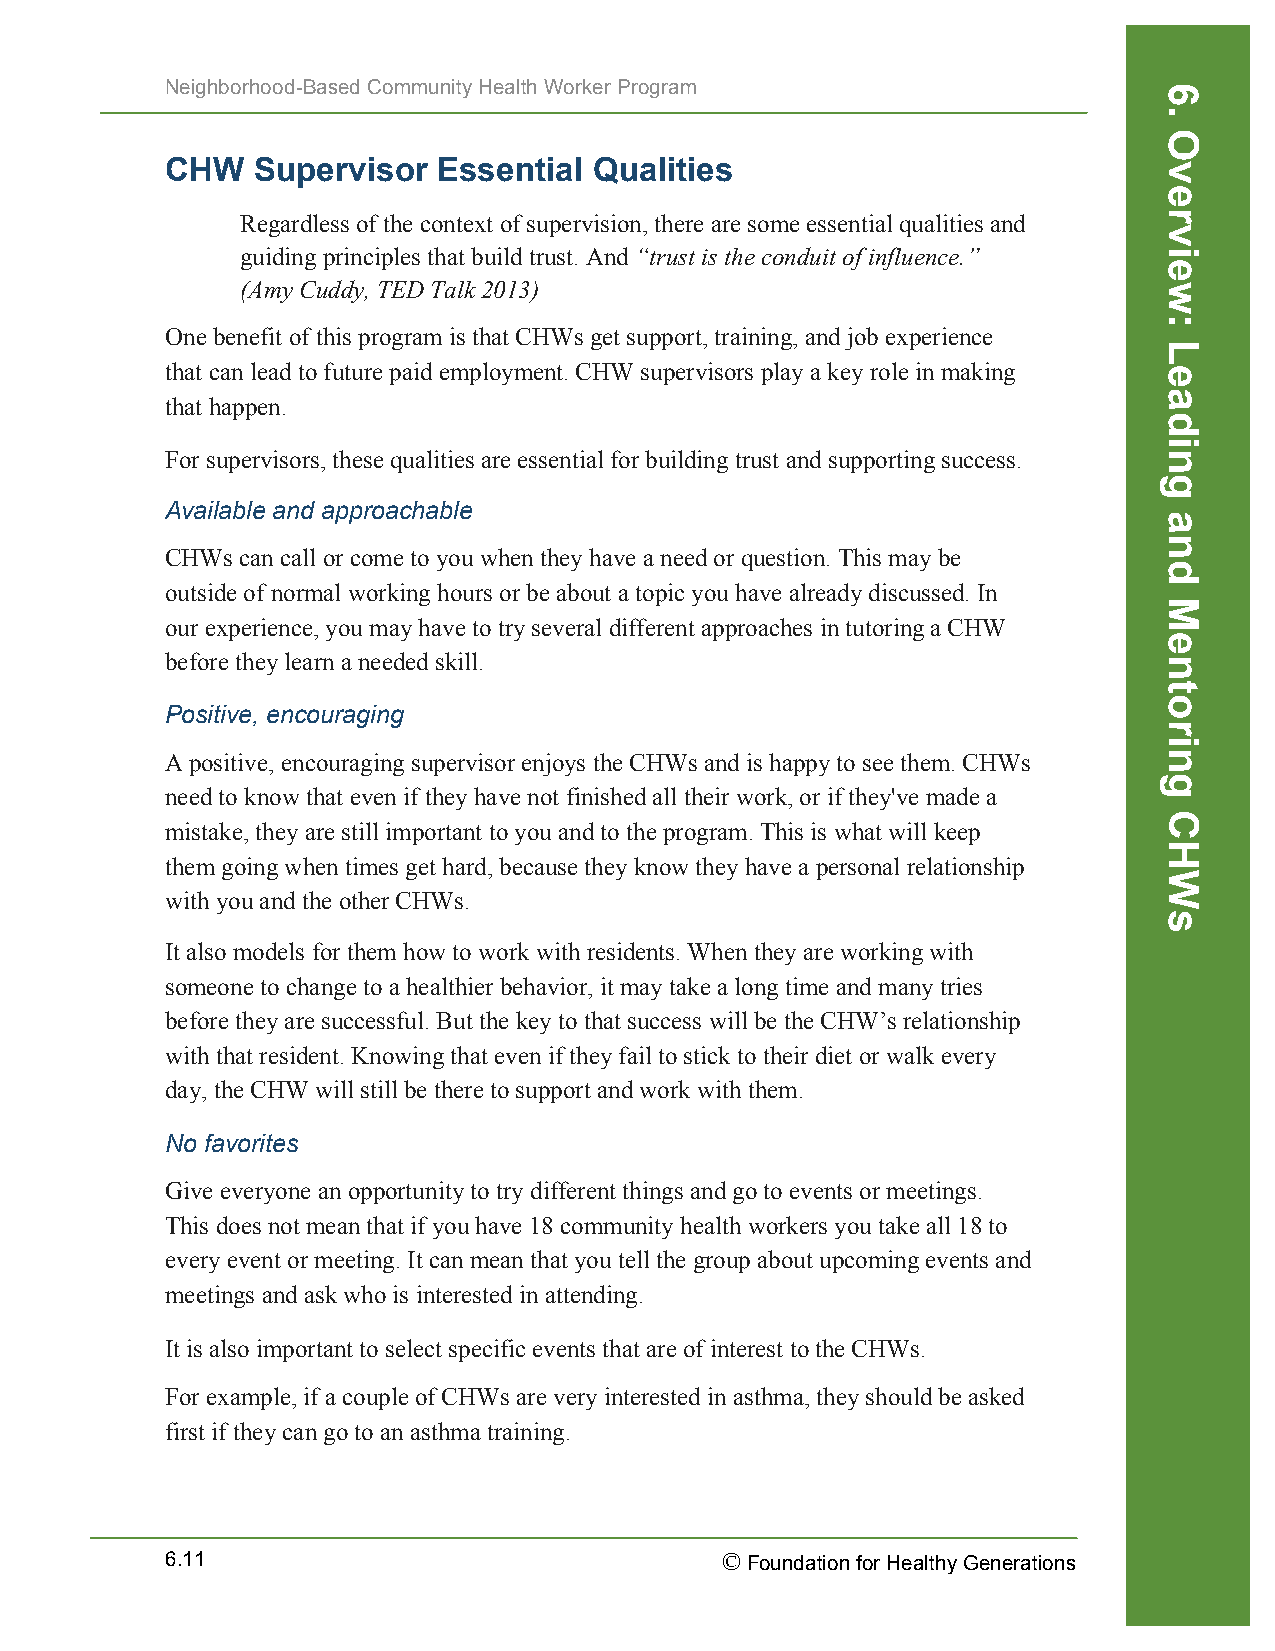
Neighborhood-Based Community Health Worker Program
 CHW   Supervisor  Essential Qualities
 Regardless of the context of supervision, there are some essential qualities and
 guiding principles that build trust. And “trust is the conduit of influence.”
 (Amy Cuddy, TED Talk 2013)
 One benefit of this program is that CHWs get support, training, and job experience
 that can lead to future paid employment. CHW supervisors play a key role in making
 that happen.
 For supervisors, these qualities are essential for building trust and supporting success.
 Available and approachable
 CHWs can call or come to you when they have a need or question. This may be
 outside of normal working hours or be about a topic you have already discussed. In
 our experience, you may have to try several different approaches in tutoring a CHW
 before they learn a needed skill.
 Positive, encouraging
 A positive, encouraging supervisor enjoys the CHWs and is happy to see them. CHWs
 need to know that even if they have not finished all their work, or if they've made a
 mistake, they are still important to you and to the program. This is what will keep
 them going when times get hard, because they know they have a personal relationship
 with you and the other CHWs.
 It also models for them how to work with residents. When they are working with
 someone to change to a healthier behavior, it may take a long time and many tries
 before they are successful. But the key to that success will be the CHW’s relationship
 with that resident. Knowing that even if they fail to stick to their diet or walk every
 day, the CHW will still be there to support and work with them.
 No favorites
 Give everyone an opportunity to try different things and go to events or meetings.
 This does not mean that if you have 18 community health workers you take all 18 to
 every event or meeting. It can mean that you tell the group about upcoming events and
 meetings and ask who is interested in attending.
 It is also important to select specific events that are of interest to the CHWs.
 For example, if a couple of CHWs are very interested in asthma, they should be asked
 first if they can go to an asthma training.
 6.11                                 © Foundation for Healthy Generations
 6.
 Overview:
 Leading
 and
 Mentoring
 CHWs